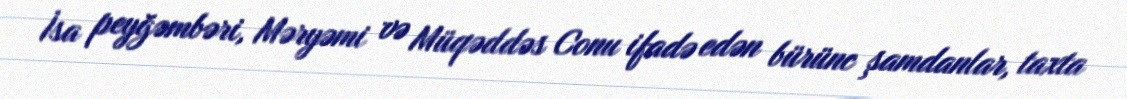
İsa peyğəmbəri, Məryəmi və Müqəddəs Conu ifadə edən bürünc şamdanlar, taxta